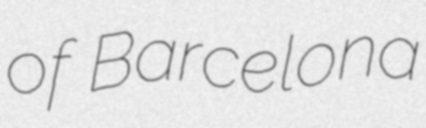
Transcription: of Barcelona